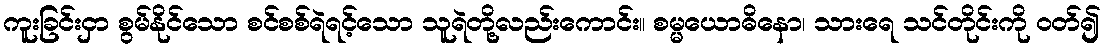
ကူးခြင်းငှာ စွမ်နိုင်သော စင်စစ်ရဲရင့်သော သူရဲတို့လည်းကောင်း။ စမ္မယောဓိနော၊ သားရေ သင်တိုင်းကို ဝတ်၍